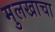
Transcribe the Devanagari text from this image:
मुलखाचा